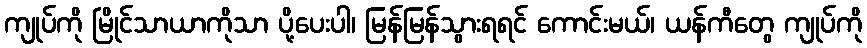
ကျုပ်ကို မြိုင်သာယာကိုသာ ပို့ပေးပါ၊ မြန်မြန်သွားရရင် ကောင်းမယ်၊ ယန်ကီတွေ ကျုပ်ကို